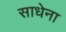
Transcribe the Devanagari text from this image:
साधेना